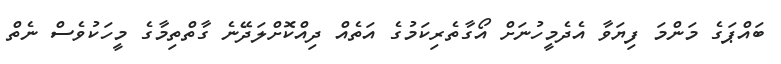
ބައްޕަގެ މަންމަ ފިޔަވާ އެދެމީހުނަށް އޯގާތެރިކަމުގެ އަތެއް ދިއްކޮށްލަދޭނެ ގާތްތިމާގެ މީހަކުވެސް ނެތް